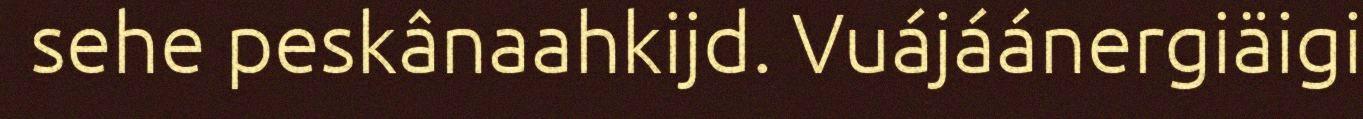
sehe peskânaahkijd. Vuájáánergiäigi